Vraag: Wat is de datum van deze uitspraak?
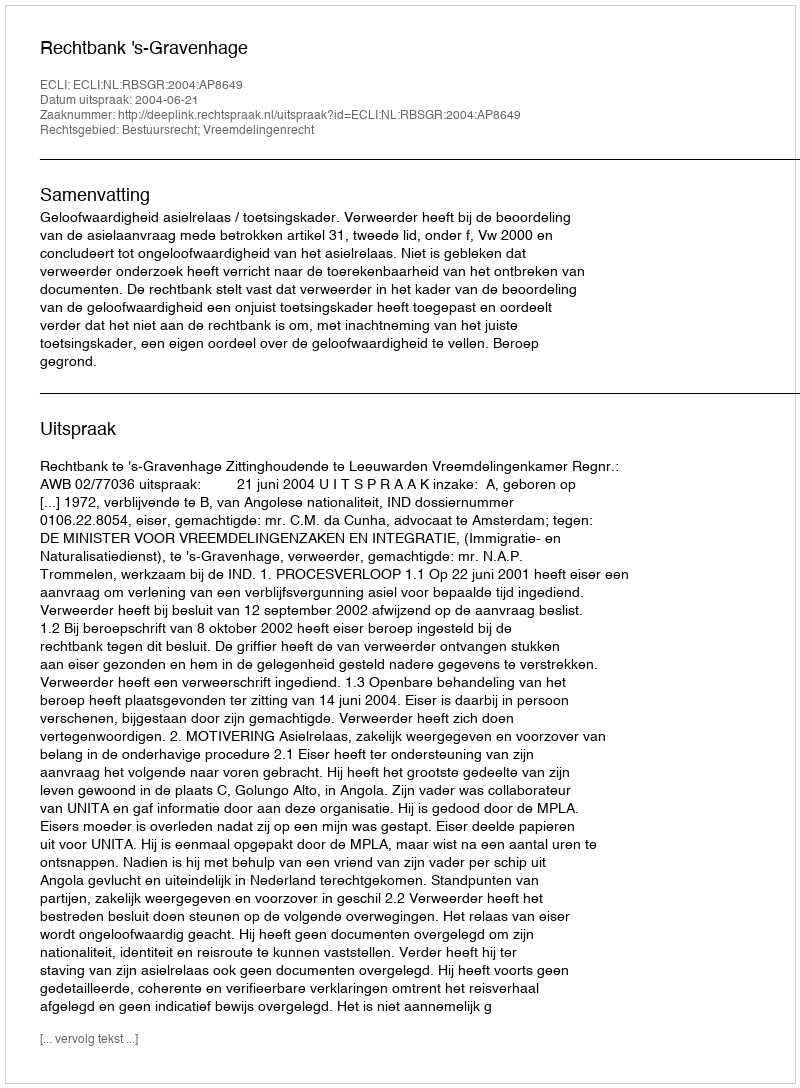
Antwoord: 2004-06-21